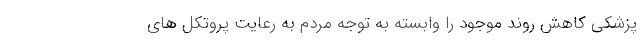
پزشکی کاهش روند موجود را وابسته به توجه مردم به رعایت پروتکل های